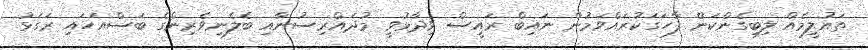
ތައުލީމެއް ލިބިގެންކަން ފާހަގަކުރައްވަމުން ނައިބް ރައީސް ވިދާޅުވީ މުދައްރިސުނާއި ބެލެނިވެރިންގެ ބަސްއަހައި ރަގަޅު